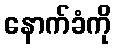
နောက်ခံကို